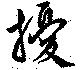
擾